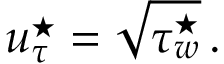
u _ { \tau } ^ { \star } = \sqrt { \tau _ { w } ^ { \star } } \, .